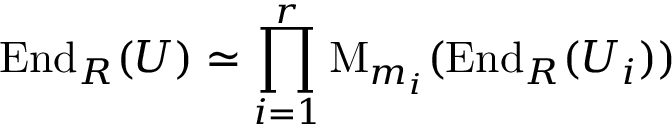
\operatorname { E n d } _ { R } ( U ) \simeq \prod _ { i = 1 } ^ { r } \operatorname { M } _ { m _ { i } } ( \operatorname { E n d } _ { R } ( U _ { i } ) )